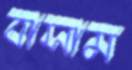
বাসাম